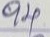
94